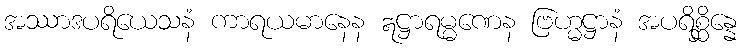
အဿာဒပရိယေသနံ ကာရယမာနေန ဣဋ္ဌာရမ္မဏေန ဗြဟ္မဋ္ဌာနံ အပရိစ္ဆိန္နေ